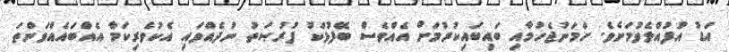
އަޑު އުފުއްލެވުމަށެވެ. ހަމަނުޖެހުމާއި ބައިބައިކުރުމަށް އެއްވެސް ބޭފުޅަކު ފުރުޞަތު ނުދެއްވައި އެކުވެރިކަމާ އެއްބައެއްވަންތަ